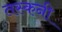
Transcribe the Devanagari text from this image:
तस्कनी